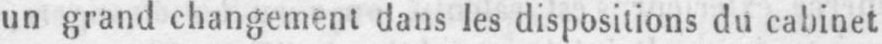
un grand changement dans les dispositions du cabinet